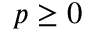
p \geq 0